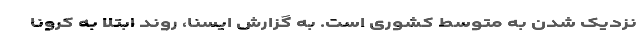
نزدیک شدن به متوسط کشوری است. به گزارش ایسنا، روند ابتلا به کرونا